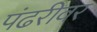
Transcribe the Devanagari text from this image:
पंढरीवर